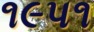
૧૯પ૧